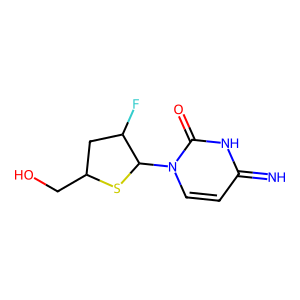
SMILES: N=c1ccn(C2SC(CO)CC2F)c(=O)[nH]1
Inhibits HIV replication: No